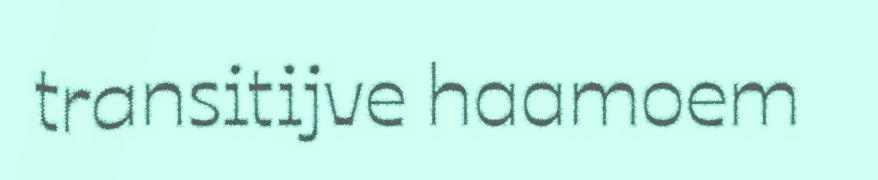
transitijve haamoem